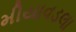
મીયાવડલા